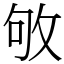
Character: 敂